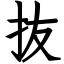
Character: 抜